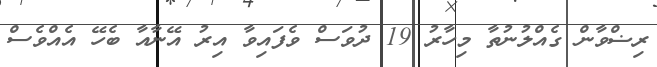
ރިޟްވާން ގެއްލުނުތާ މިހާރު 19 ދުވަސް ވެފައިވާ އިރު އޭނާއާ ބެހޭ އެއްވެސް